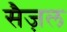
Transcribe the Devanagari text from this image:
सैज़ल